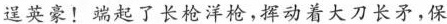
逞英豪！端起了长枪洋枪，挥动着大刀长矛，保